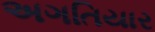
અગતિયાર